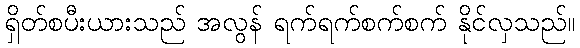
ရှိတ်စပီးယားသည် အလွန် ရက်ရက်စက်စက် နိုင်လှသည်။